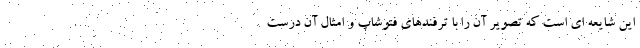
این شایعه ای است که تصویر آن را با ترفندهای فتوشاپ و امثال آن درست